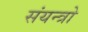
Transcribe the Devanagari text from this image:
संयन्त्रो